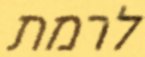
לרמת